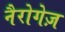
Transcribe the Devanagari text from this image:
नैरोगेज़